system: You are a helpful assistant.
user:
Analyze the provided spectrum to determine if it is a **M-type Giant (gM)**.

A M-type Giant spectrum is defined by its **strong molecular absorption** features, particularly from **Titanium Oxide (TiO)**. You must check for one of the following mutually exclusive signatures:

- **Key Visual Indicators (Absorption-Dominated Spectrum):**

    - **(Primary):** The spectrum is dominated by strong molecular absorption from **Titanium Oxide (TiO)**. This is the **defining feature** of its M-type temperature class.
        - **(Key Bandheads):** Look for sharp, "saw-tooth" absorption valleys. The strongest are located near **~7050 Å**, **~6160 Å**, and **~5170 Å**.
        - **(Line Profile):** The "saw-tooth" morphology is critical: a **sharp, steep drop on the BLUE (short-wavelength) side** of the bandhead, followed by a gradual recovery (rising flux) towards the RED (long-wavelength) side.

    - **(Key Confirmation - Giant vs. Dwarf):** **ABSENCE** of strong **Calcium Hydride (CaH)** molecular bands. This is the primary diagnostic for *excluding* M-dwarfs.
        - **(Key Region):** The spectrum should lack the strong, broad absorption band seen in dwarfs between **~6800 Å and ~7000 Å**.

    - **(Secondary Confirmation - Giant):** A very strong and broad **Neutral Calcium (Ca I)** atomic absorption line.
        - **(Key Line):** Located at **~4226 Å**. In a giant (gM), this line is significantly deeper and broader than the same line in an M-dwarf (dM) due to low surface gravity.

    - **(Overall Spectrum):**
        - The continuum is **extremely red-sloping** (i.e., flux is very low in the blue and rises dramatically towards the red).
        - The entire spectrum appears "chopped up" by the deep TiO bands.

Think first, call **spectral_visualization_tool** if needed to examine features in detail, then provide your final answer. Your response must adhere to the following strict rules:
1.  **Overall Structure:** Your response must follow the format `<think>...</think> <tool_call>...</tool_call> (if a tool is used) <answer>...</answer>`.
2.  **Tool Usage Constraint:** You may only make **one** tool call per turn.
3.  **Final Answer Format:** In the `<answer>` tag, your conclusion must be inside a `\boxed{}` command (e.g., `\boxed{YES}` or `\boxed{NO}`), followed by your justification.

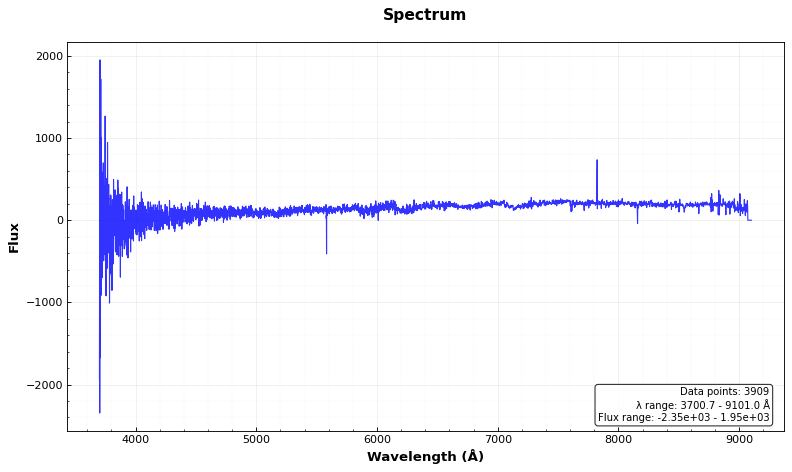
Answer: YES